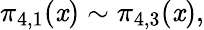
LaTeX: \pi_{4,1}(\mathit{x})\sim\pi_{4,3}(\mathit{x}),